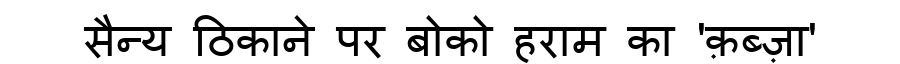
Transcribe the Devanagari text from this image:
सैन्य ठिकाने पर बोको हराम का 'क़ब्ज़ा'